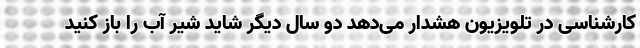
کارشناسی در تلویزیون هشدار می‌دهد دو سال دیگر شاید شیر آب را باز کنید